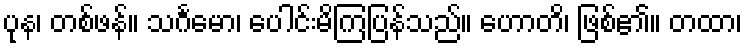
ပုန၊ တစ်ဖန်။ သင်္ဂမော၊ ပေါင်းမိကြပြန်သည်။ ဟောတိ၊ ဖြစ်၏။ တထာ၊